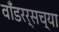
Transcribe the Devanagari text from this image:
वाँडरर्सच्या